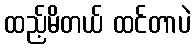
ထည့်မိတယ် ထင်တာပဲ